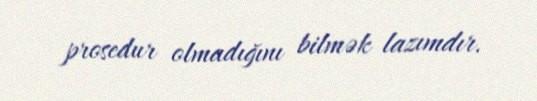
prosedur olmadığını bilmək lazımdır.